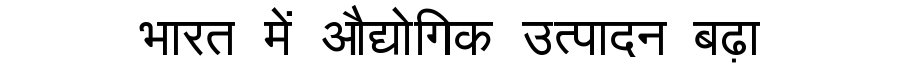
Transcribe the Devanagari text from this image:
भारत में औद्योगिक उत्पादन बढ़ा